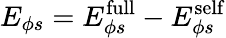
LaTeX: E_{\phi s}=E_{\phi s}^{\mathrm{full}}-E_{\phi s}^{\mathrm{self}}